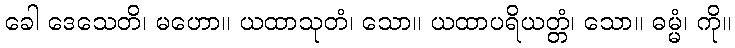
ခေါ ဒေသေတိ၊ မဟော။ ယထာသုတံ၊ သော။ ယထာပရိယတ္တံ၊ သော။ ဓမ္မံ၊ ကို။